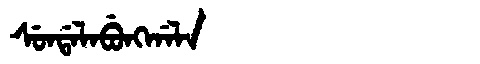
Manchu: ᠰᡠᠨᡩᠠᠯᠠᠪᡠᠩᡤᠠᠯᠠ
Romanization: SUNDALABUNGGALA